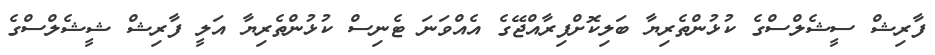
ފާރިޝް ސީޝެލްސްގެ ކުޅުންތެރިޔާ ބަލިކޮށްފިރާއްޖޭގެ އެއްވަނަ ޓެނިސް ކުޅުންތެރިޔާ އަލީ ފާރިޝް ޝީޝެލްސްގެ